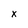
Character: x